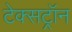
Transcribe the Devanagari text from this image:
टेक्सट्रॉन